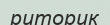
риторик